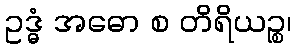
ဥဒ္ဓံ အဓော စ တိရိယဉ္စ၊